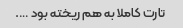
تارت کاملا به هم ریخته بود ….